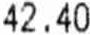
42.40